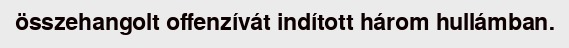
összehangolt offenzívát indított három hullámban.